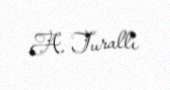
A. Turallı